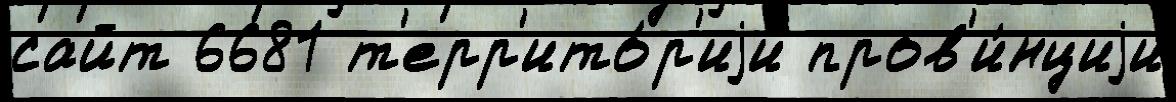
сайт 6681 т'ерр'ито́р'иjи пров'и́нциjи